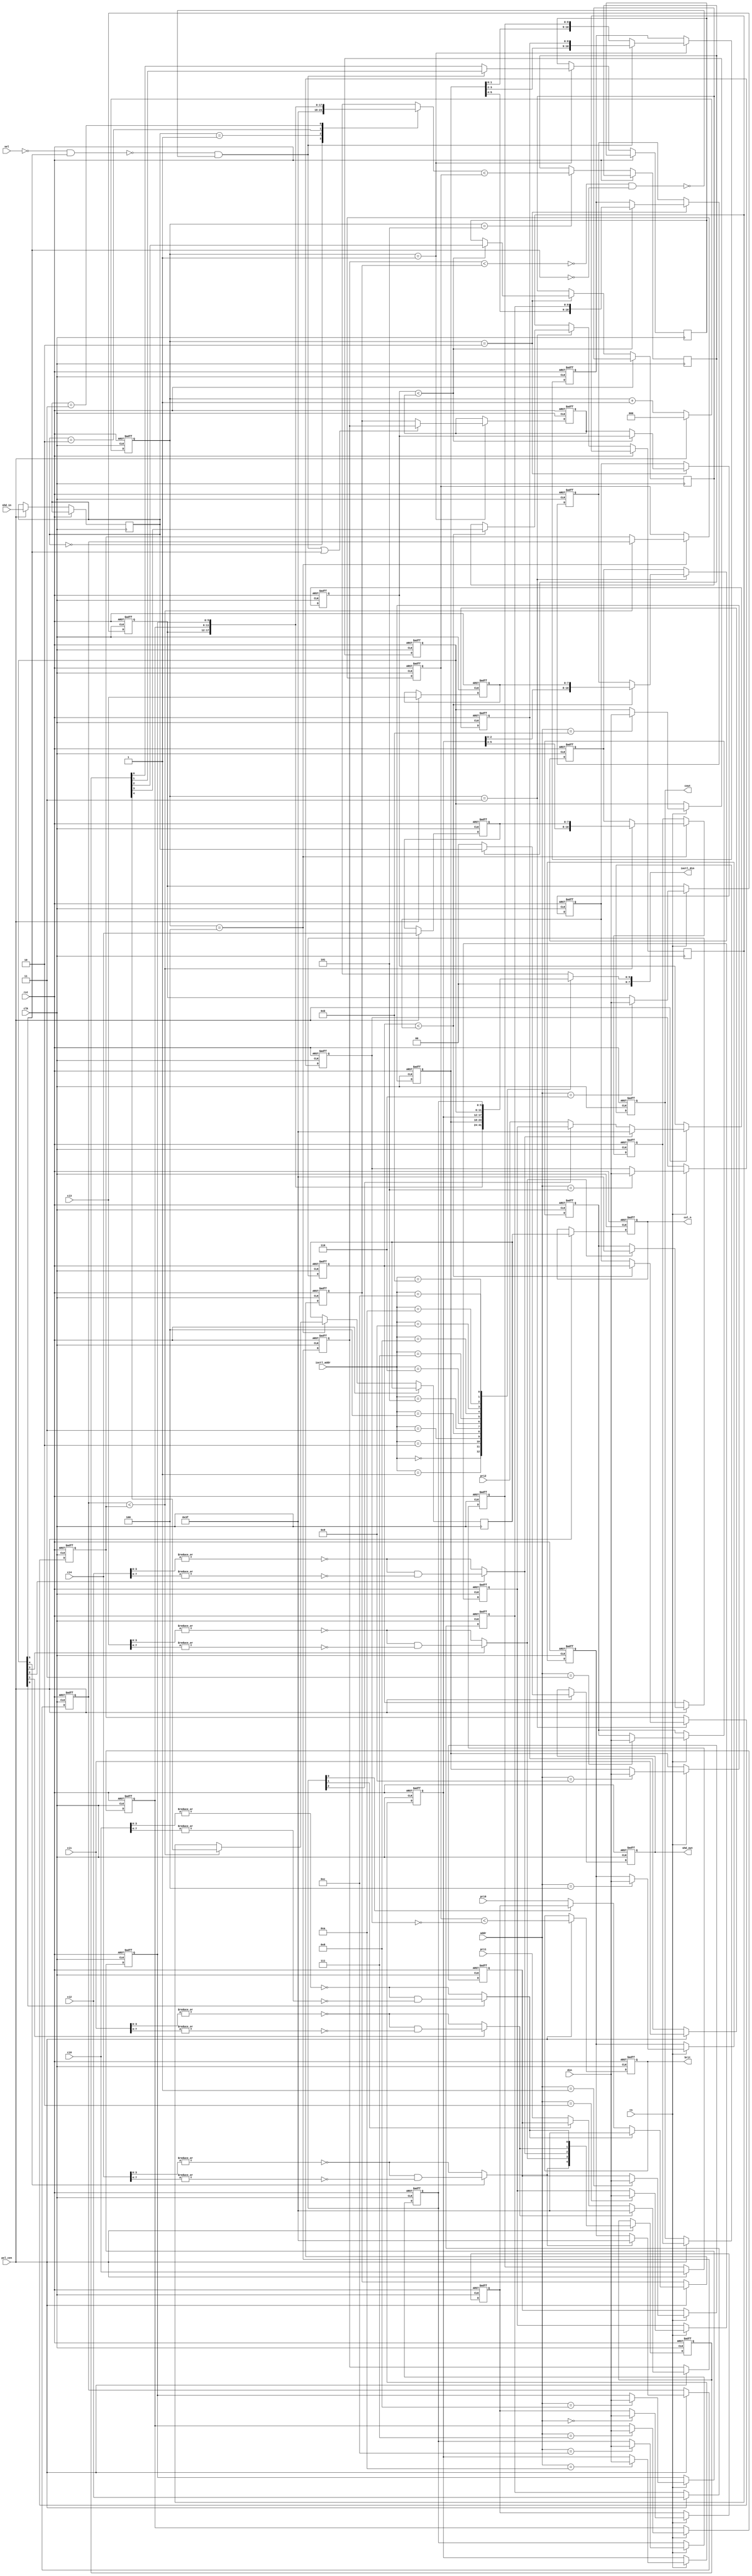
/*  This file is part of JTCORES.
    JTCORES program is free software: you can redistribute it and/or modify
    it under the terms of the GNU General Public License as published by
    the Free Software Foundation, either version 3 of the License, or
    (at your option) any later version.

    JTCORES program is distributed in the hope that it will be useful,
    but WITHOUT ANY WARRANTY; without even the implied warranty of
    MERCHANTABILITY or FITNESS FOR A PARTICULAR PURPOSE.  See the
    GNU General Public License for more details.

    You should have received a copy of the GNU General Public License
    along with JTCORES.  If not, see <http://www.gnu.org/licenses/>.

    Author: Jose Tejada Gomez. Twitter: @topapate
    Version: 1.0
    Date: 23-7-2023 */

// Color mixer compatible with K053251
// See Furrtek's files for RE information

module jtcolmix_053251(
    input             rst,
    input             clk,
    input             pxl_cen,
    // CPU interface
    input             cs,
    input       [3:0] addr,
    input       [5:0] din,
    // explicit priorities
    input             sel,  // unused in The Simpsons, may need further testing
    input       [5:0] pri0, pri1, pri2,
    // color inputs
    input       [8:0] ci0, ci1, ci2,
    input       [7:0] ci3, ci4,
    // shadow
    input       [1:0] shd_in,
    output reg  [1:0] shd_out,
    // MMR dump
    input       [3:0] ioctl_addr,
    output      [7:0] ioctl_din,

    output reg [10:0] cout,
    output reg        brit,     // bright
    output reg        col_n
);

localparam EXTEN =12,
           FULL  =11,
           COLHI0= 9,
           COLHI3=10;

reg  [ 5:0] mmr[0:12];
reg  [ 5:0] pri0_mux, pri1_mux, pri2_mux, pri3_mux, pri4_mux,
            mix1p, mix2p, mix3p, mix4p;
reg  [10:0] mix1,mix2,mix3,mix4;
reg  [ 8:0] cl0, cl1, cl2;
reg  [ 7:0] cl3, cl4;
reg  [ 1:0] shd_l;
reg  [ 5:0] shd_p;
reg  [ 4:0] op, pre_n;
reg  [ 2:0] st;
reg         shd_sel, col1_n, col2_n, col3_n, col4_n;

reg  p1win, l1, l2, l3, l4;

assign ioctl_din = {2'd0, mmr[ioctl_addr]};

always @* begin
    op[0] = opaque(mmr[FULL][0],ci0[7:0]);
    op[1] = opaque(mmr[FULL][1],ci1[7:0]);
    op[2] = opaque(mmr[FULL][2],ci2[7:0]);
    op[3] = opaque(mmr[FULL][3],ci3[7:0]);
    op[4] = opaque(mmr[FULL][4],ci4[7:0]);

    p1win = pri1_mux < pri0_mux;
    l1    = ~(~sel & mmr[11][5]) & ~( ~p1win & ~mmr[11][5]);

    l2    = pri2_mux < mix1p;
    l3    = pri3_mux < mix2p;
    l4    = pri4_mux < mix3p;

    case( shd_l )
        0: shd_p = 6'h3f;
        1: shd_p = mmr[6];
        2: shd_p = mmr[7];
        3: shd_p = mmr[8];
    endcase
end

function opaque( input full, input [7:0] col );
begin
    opaque = ~|col[3:0];
    if(full) opaque = opaque & ~|col[7:4];
end
endfunction

`ifdef SIMULATION
reg [5:0] mmr_init[0:12];
integer f,fcnt=0;

initial begin
    f=$fopen("pal_mmr.bin","rb");
    if( f!=0 ) begin
        fcnt=$fread(mmr_init,f);
        $fclose(f);
        $display("Read %1d bytes for 053251 MMR (priority color mixer)", fcnt);
    end
end
`endif

always @(posedge clk, posedge rst) begin
    if( rst ) begin
        pri0_mux<=0; pri1_mux<=0; pri2_mux<=0; pri3_mux<=0; pri4_mux<=0;
        cl0     <=0; cl1     <=0; cl2     <=0; cl3     <=0; cl4     <=0;
                     mix1    <=0; mix2    <=0; mix3    <=0; mix4    <=0;
                     mix1p   <=0; mix2p   <=0; mix3p   <=0; mix4p   <=0;
        pre_n   <= 0;
        col_n   <= 0;
        cout    <= 0;
        shd_out <= 0;
        brit    <= 0;
        st      <= 0;
    end else begin
        st <= st+3'd1;
        if( pxl_cen ) begin
            pri0_mux <= op[0] ? 6'h3f : (mmr[EXTEN][0] ? mmr[0] : pri0);
            pri1_mux <= op[1] ? 6'h3f : (mmr[EXTEN][1] ? mmr[1] : pri1);
            pri2_mux <= op[2] ? 6'h3f : (mmr[EXTEN][2] ? mmr[2] : pri2);
            pri3_mux <= op[3] ? 6'h3f :                  mmr[3]        ;
            pri4_mux <= op[4] ? 6'h3f :                  mmr[4]        ;
            pre_n <= op;
            cl0   <= ci0; cl1 <= ci1; cl2 <= ci2; cl3 <= ci3; cl4 <= ci4;
            shd_l <= shd_in;
            // assign module outputs
            col_n   <= col4_n;
            cout    <= mix4;
            shd_out <= shd_sel ? shd_l : 2'b0;
            brit    <= mix4p < ~mmr[5];
            // start pipeline
            st <= 0;
        end
        case( st )
            1: begin
                mix1  <= l1 ? {mmr[COLHI0][3:2],cl1} : {mmr[COLHI0][1:0],cl0};
                mix1p <= (l1 | mmr[11][5]) ? pri1_mux : pri0_mux;
                col1_n<= l1 ? pre_n[1] : pre_n[0];
            end
            2: begin
                mix2  <= l2 ? {mmr[COLHI0][5:4],cl2} : mix1;
                mix2p <= l2 ? pri2_mux : mix1p;
                col2_n<= l2 ? pre_n[2] : col1_n;
            end
            3: begin
                mix3  <= l3 ? {mmr[COLHI3][2:0],cl3} : mix2;
                mix3p <= l3 ? pri3_mux : mix2p;
                col3_n<= l3 ? pre_n[3] : col2_n;
            end
            4: begin
                mix4  <= l4 ? {mmr[COLHI3][5:3],cl4} : mix3;
                mix4p <= l4 ? pri4_mux : mix3p;
                col4_n<= l4 ? pre_n[4] : col3_n;
            end
            5: begin
                shd_sel <= shd_p < mix4p;
            end
            default:;
        endcase
    end
end

always @(posedge clk, posedge rst) begin
    if( rst ) begin
        mmr[0] <= 0; mmr[1] <= 0; mmr[ 2] <= 0; mmr[ 3] <= 0;
        mmr[4] <= 0; mmr[5] <= 0; mmr[ 6] <= 0; mmr[ 7] <= 0;
        mmr[8] <= 0; mmr[9] <= 0; mmr[10] <= 0; mmr[11] <= 0; mmr[12] <= 0;
`ifdef SIMULATION
        if( fcnt!=0 ) begin
            mmr[0] <= mmr_init[0]; mmr[1] <= mmr_init[1]; mmr[2] <= mmr_init[2];
            mmr[3] <= mmr_init[3]; mmr[4] <= mmr_init[4]; mmr[5] <= mmr_init[5];
            mmr[6] <= mmr_init[6]; mmr[7] <= mmr_init[7]; mmr[8] <= mmr_init[8];
            mmr[9] <= mmr_init[9]; mmr[10] <= mmr_init[10];
            mmr[11] <= mmr_init[11]; mmr[12] <= mmr_init[12];
        end
`endif
    end else begin
        if( cs ) mmr[addr] <= din;
    end
end

endmodule